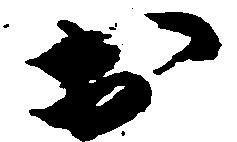
於